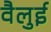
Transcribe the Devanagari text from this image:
वैलुई